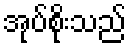
အုပ်စိုးသည်